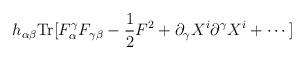
LaTeX: \begin{align*}h_{\alpha \beta}{\rm Tr}[F_\alpha^\gamma F_{\gamma\beta}-{1\over 2}F^2 + \partial_\gamma X^i \partial^\gamma X^i +\cdots]\end{align*}